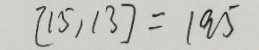
[ 1 5 , 1 3 ] = 1 9 5